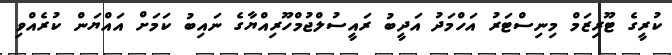
ކުރީގެ ޓޫރިޒަމް މިނިސްޓަރު އަހްމަދު އަދީބު ރައީސުލްޖުމްހޫރިއްޔާގެ ނައިބު ކަމަށް އައްޔަން ކުރެއްވި